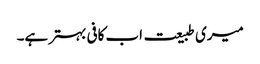
میری طبیعت اب کافی بہتر ہے۔